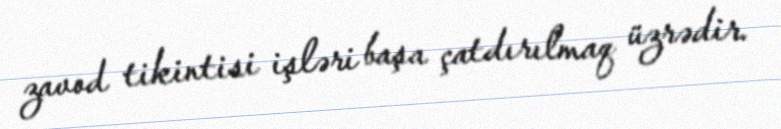
zavod tikintisi işləri başa çatdırılmaq üzrədir.